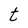
Character: t